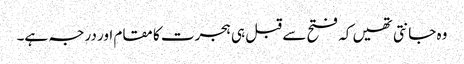
وہ جانتی تھیں کہ فتح سے قبل ہی ہجرت کا مقام اور درجہ ہے۔